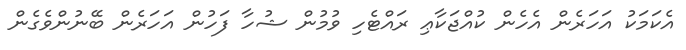
އެކަމަކު އަހަރެން އެހެން ކުއްޖަކާޢި ރައްޓެހި ވުމުން ޝުހާ ފަހުން އަހަރެން ބޭނުންވެގެން